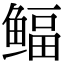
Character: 鲾